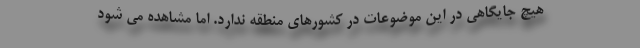
هیچ جایگاهی در این موضوعات در کشورهای منطقه ندارد. اما مشاهده می شود